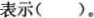
表示()。